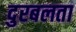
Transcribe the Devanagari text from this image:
दुरबलता